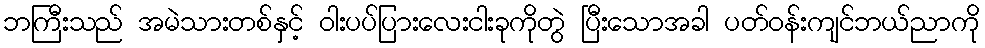
ဘကြီးသည် အမဲသားတစ်နှင့် ဝါးပပ်ပြားလေးငါးခုကိုတွဲ ပြီးသောအခါ ပတ်ဝန်းကျင်ဘယ်ညာကို